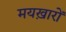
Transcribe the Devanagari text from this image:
मयख़ारों